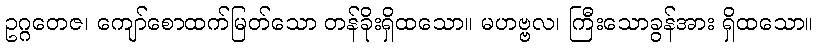
ဥဂ္ဂတေဇ၊ ကျော်စောထက်မြတ်သော တန်ခိုးရှိထသော။ မဟဗ္ဗလ၊ ကြီးသောခွန်အား ရှိထသော။